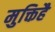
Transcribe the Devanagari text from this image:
मुक्तिहै